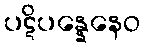
ပဋိပန္နေနေဝ